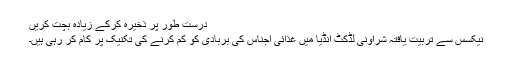
درست طور پر ذخیرہ کرکے زیادہ بچت کریں
نیکسَس سے تربیت یافتہ شراونی لڈکٹ انڈیا میں غذائی اجناس کی بربادی کو کم کرنے کی تکنیک پر کام کر رہی ہیں۔